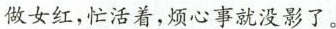
做女红，忙活着，烦心事就没影了。